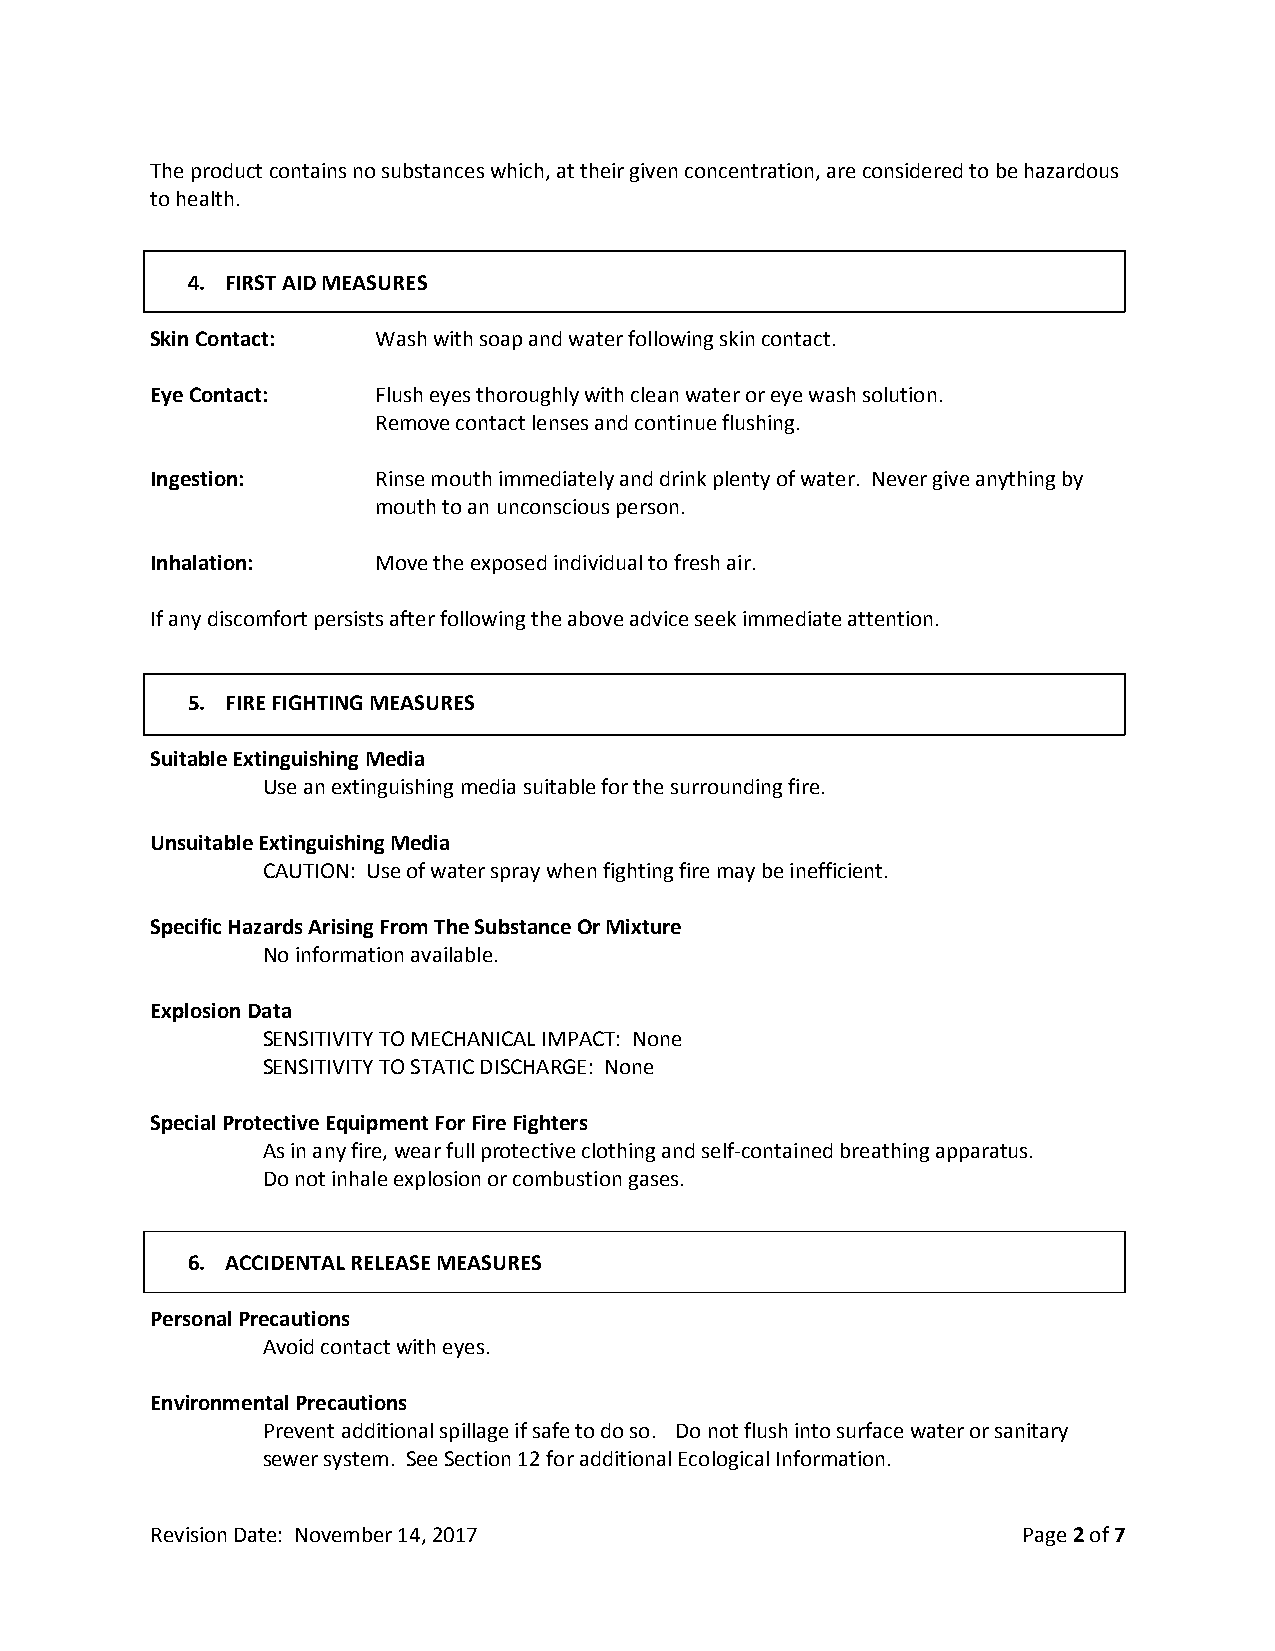
The product contains no substances which, at their given concentration, are considered to be hazardous
 to health.
 4. FIRST AID MEASURES
 Skin Contact:  Wash with soap and water following skin contact.
 Eye Contact:   Flush eyes thoroughly with clean water or eye wash solution.
 Remove contact lenses and continue flushing.
 Ingestion:     Rinse mouth immediately and drink plenty of water. Never give anything by
 mouth to an unconscious person.
 Inhalation:    Move the exposed individual to fresh air.
 If any discomfort persists after following the above advice seek immediate attention.
 5. FIRE FIGHTING MEASURES
 Suitable Extinguishing Media
 Use an extinguishing media suitable for the surrounding fire.
 Unsuitable Extinguishing Media
 CAUTION: Use of water spray when fighting fire may be inefficient.
 Specific Hazards Arising From The Substance Or Mixture
 No information available.
 Explosion Data
 SENSITIVITY TO MECHANICAL IMPACT: None
 SENSITIVITY TO STATIC DISCHARGE: None
 Special Protective Equipment For Fire Fighters
 As in any fire, wear full protective clothing and self-contained breathing apparatus.
 Do not inhale explosion or combustion gases.
 6. ACCIDENTAL RELEASE MEASURES
 Personal Precautions
 Avoid contact with eyes.
 Environmental Precautions
 Prevent additional spillage if safe to do so. Do not flush into surface water or sanitary
 sewer system. See Section 12 for additional Ecological Information.
 Revision Date: November 14, 2017                          Page 2 of 7